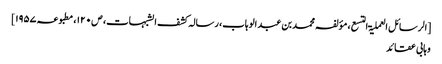
[الرسائل العملیۃ التسع، مؤلفہ محمد بن عبد الوہاب، رسالہ کشف الشبہات، ص۱۲۰، مطبوعہ ۱۹۵۷]
وہابی عقائد